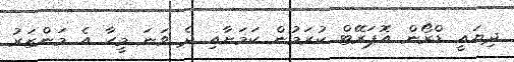
ދިޔައީ ޑްރޯން އޮޕަރޭޓް ކުރަމުން ކަމަށާއި ދެ ވަނަ މީހާ އެ މަންޒަރު